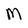
Character: M